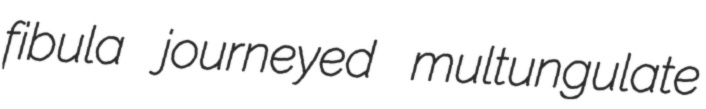
fibula journeyed multungulate